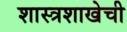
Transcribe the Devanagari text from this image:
शास्त्रशाखेची